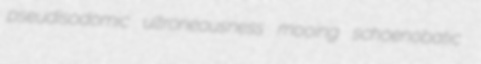
pseudisodomic ultroneousness mooing schoenobatic